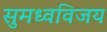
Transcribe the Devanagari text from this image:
सुमध्वविजय